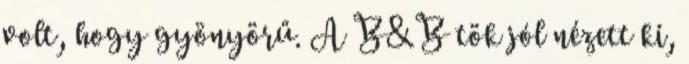
volt, hogy gyönyörű. A B&B tök jól nézett ki,